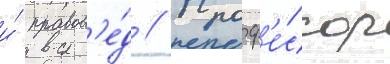
и́ правов'е́д // Проф'е́ссор